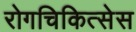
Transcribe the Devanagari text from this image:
रोगचिकित्सेस